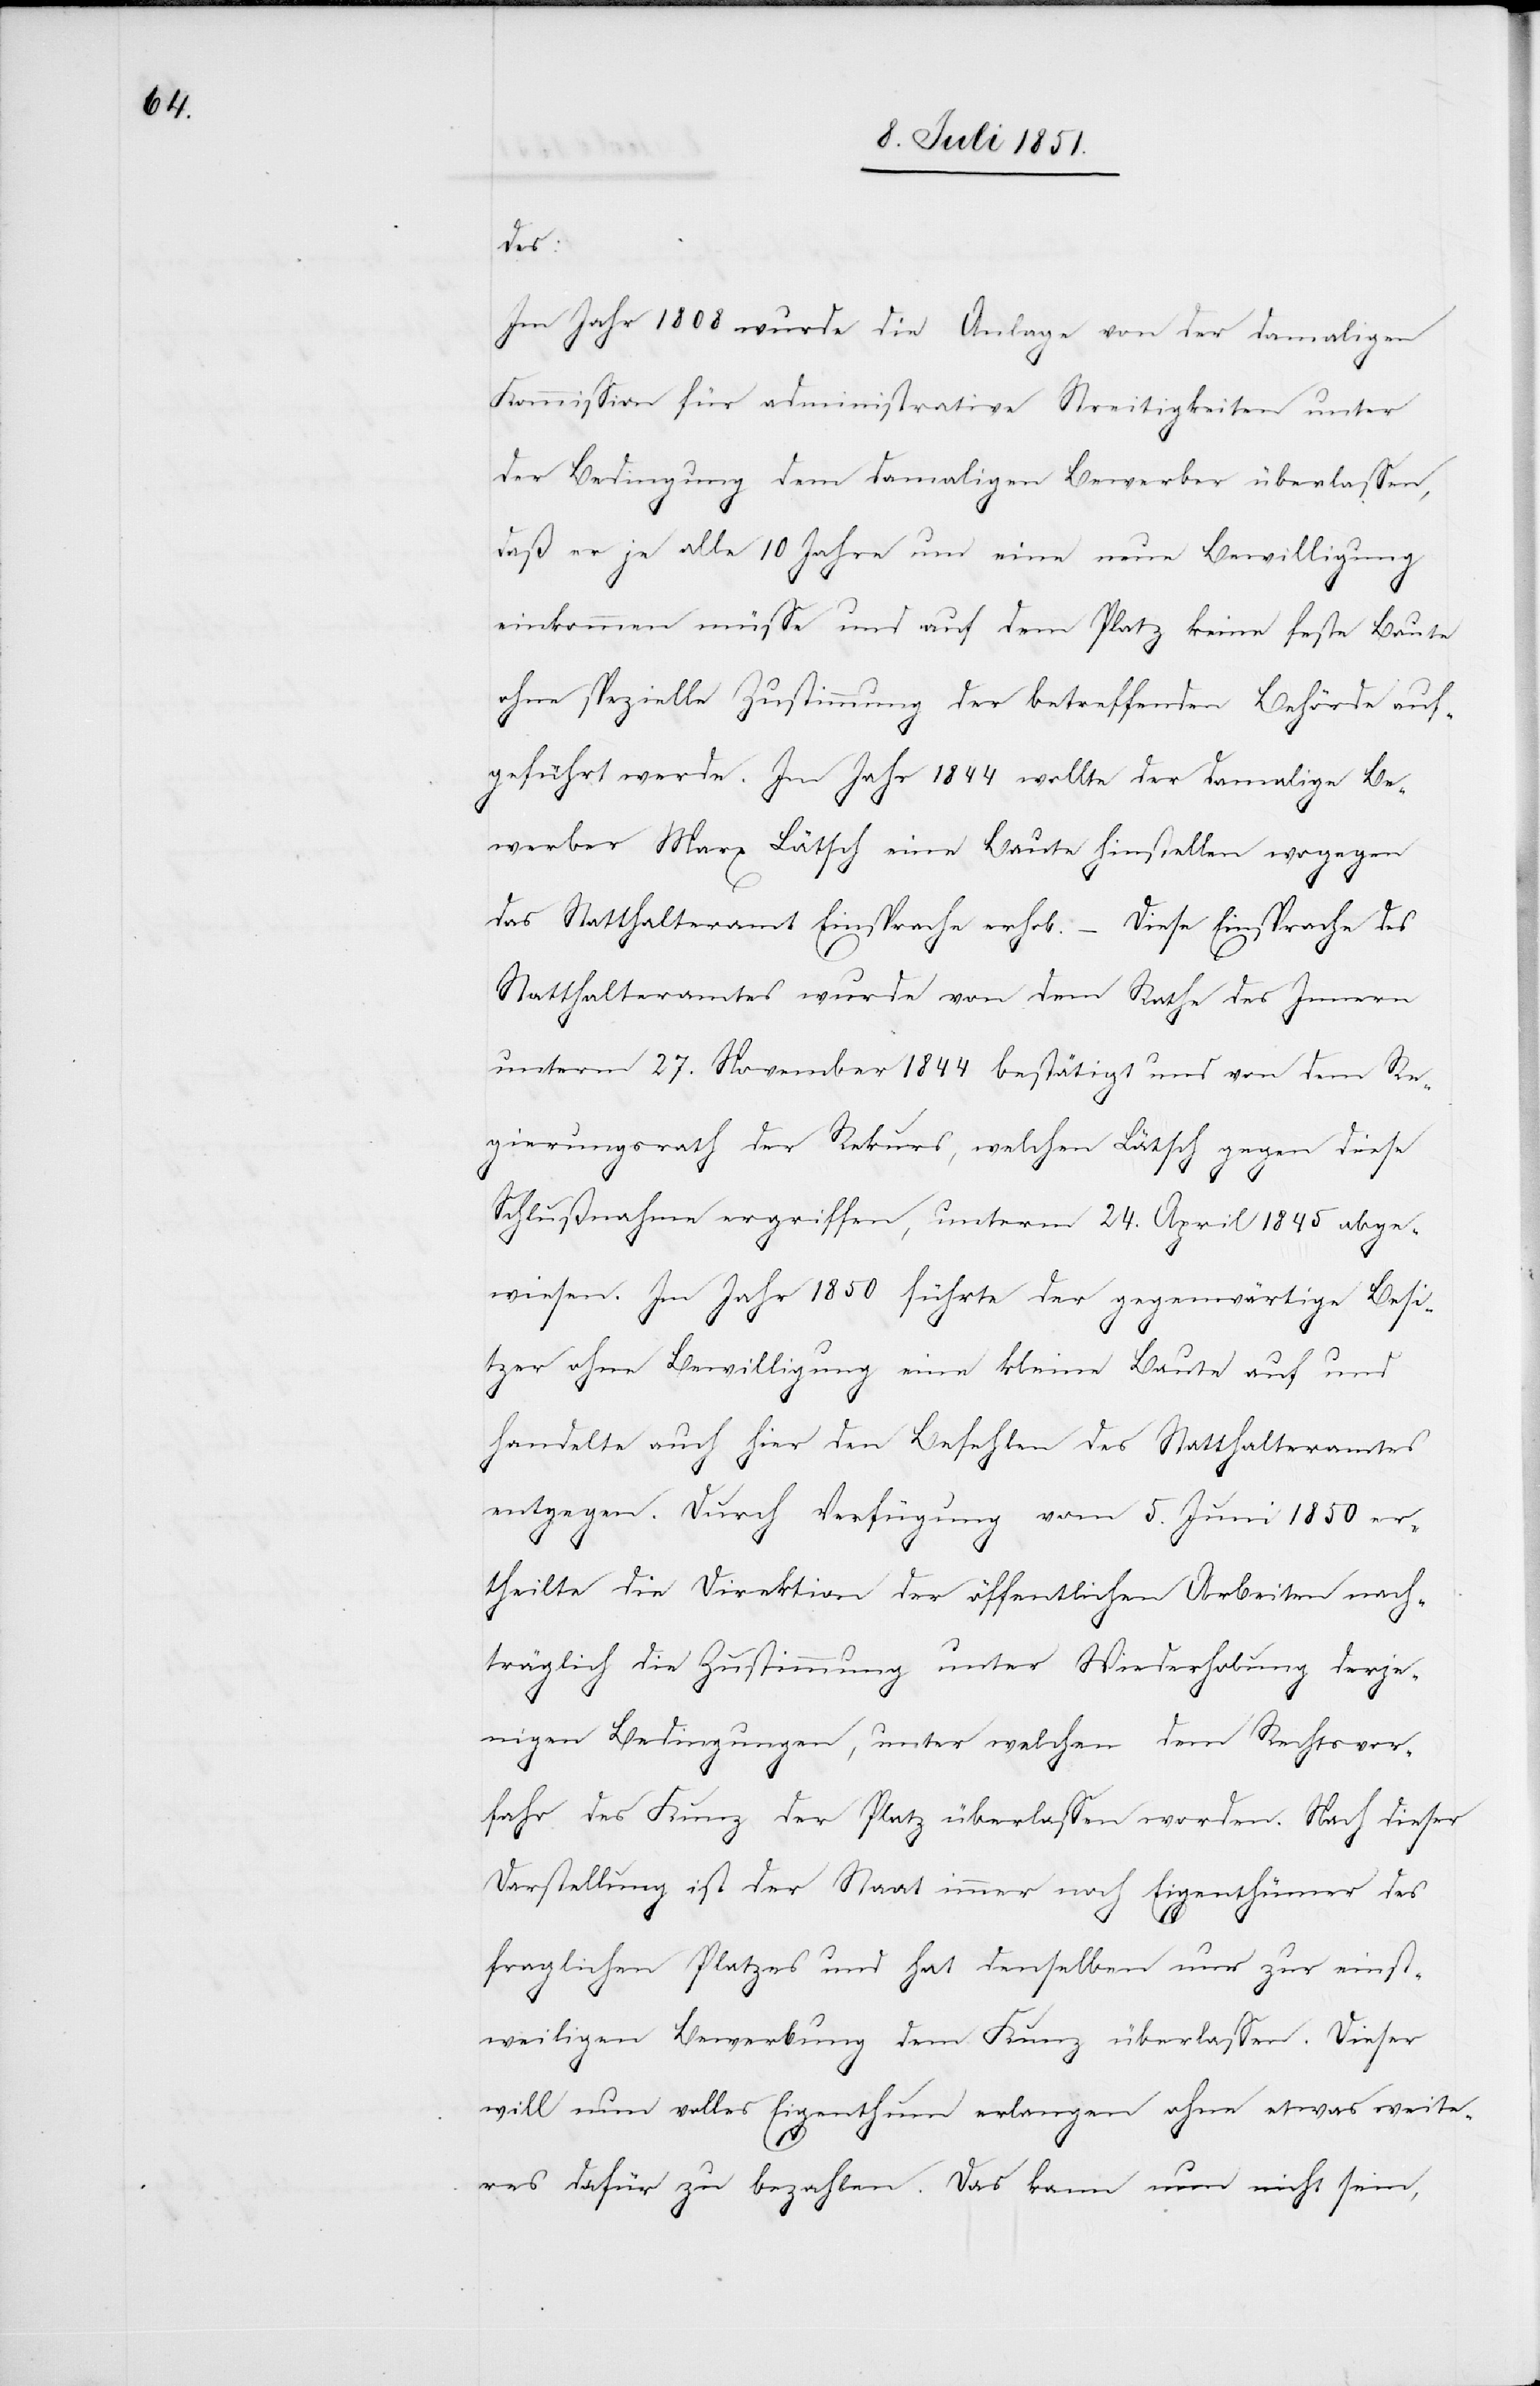
des:
Im Jahr 1808 wurde die Anlage von der damaligen
Kommission für administrative Streitigkeiten unter
der Bedingung dem damaligen Bewerber überlassen,
daß er je alle 10 Jahre um eine neue Bewilligung
einkommen müsse und auf dem Platz keine feste Baute
ohne spezielle Zustimmung der betreffenden Behörde auf¬
geführt werde. Im Jahr 1844 wollte der damalige Be¬
werber Marx Lätsch eine Baute hinstellen wogegen
das Statthalteramt Einsprache erhob. – Diese Einsprache des
Statthalteramtes wurde von dem Rathe des Innern
unterm 27. November 1844 bestätigt und von dem Re¬
gierungsrath der Rekurs, welchen Lätsch gegen diese
Schlußnahme ergriffen, unterm 24. April 1845 abge¬
wiesen. Im Jahr 1850 führte der gegenwärtige Besi¬
tzer ohne Bewilligung eine kleine Baute auf und
handelte auch hier den Befehlen des Statthalteramtes
entgegen. Durch Verfügung vom 5. Juni 1850 er¬
theilte die Direktion der öffentlichen Arbeiten nach¬
träglich die Zustimmung unter Wiederholung derje¬
nigen Bedingungen, unter welchen dem Rechtsvor¬
fahr des Kunz der Platz überlassen worden. Nach dieser
Darstellung ist der Staat immer noch Eigenthümer des
fraglichen Platzes und hat denselben nur zur einst¬
weiligen Bewerbung dem Kunz überlassen. Dieser
will nun volles Eigenthum erlangen ohne etwas weite¬
res dafür zu bezahlen. Das kann nun nicht sein,